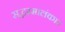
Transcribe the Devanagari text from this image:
सद्धम्मालंकार